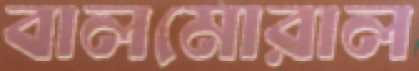
বালমোরাল